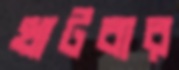
খাটবার